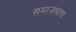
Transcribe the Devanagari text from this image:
समाजभाषा